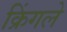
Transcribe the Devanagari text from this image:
क्रिंगले